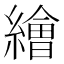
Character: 𦅩